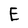
Character: E